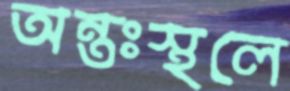
অন্তঃস্থলে